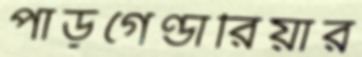
পাড়গেণ্ডারিয়ার